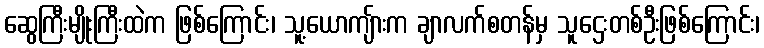
ဆွေကြီးမျိုးကြီးထဲက ဖြစ်ကြောင်း၊ သူ့ယောကျ်ားက ချာလက်စတန်မှ သူဌေးတစ်ဦးဖြစ်ကြောင်း၊